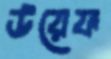
উয়েফ